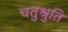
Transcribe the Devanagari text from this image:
चतुश्रुति